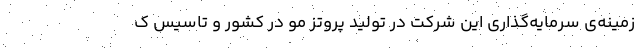
زمینه‌ی سرمایه‌گذاری این شرکت در تولید پروتز مو در کشور و تاسیس ک